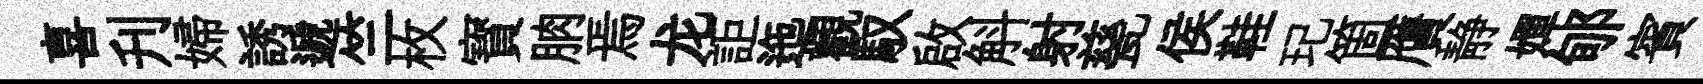
喜刋婦誘遞竺枚寳朒焉龙詎迤觀馭啟斛射甆侯鞋玘箇贋静嬋郇賓